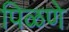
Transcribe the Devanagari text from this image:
पिळणे